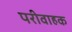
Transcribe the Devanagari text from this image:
परीवाहक